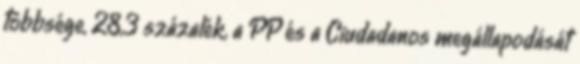
többsége, 28,3 százalék, a PP és a Ciudadanos megállapodását